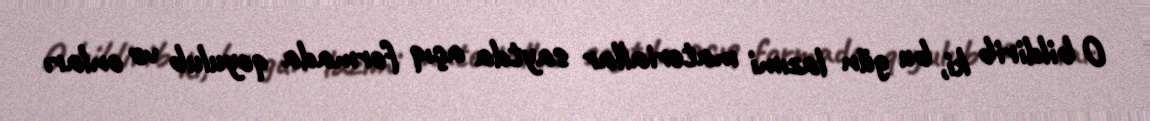
O bildirib ki, bu gün lazımi materiallar saytda açıq formada qoyulub və onları